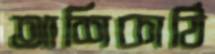
আশিকাঠি